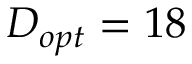
D _ { o p t } = 1 8